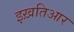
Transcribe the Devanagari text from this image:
इख़तिआर